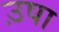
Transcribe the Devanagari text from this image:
उ़षा